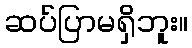
ဆပ်ပြာမရှိဘူး။